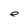
Character: e